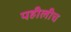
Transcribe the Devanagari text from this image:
पहीलीच